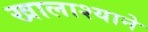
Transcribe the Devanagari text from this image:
खालाश्याने